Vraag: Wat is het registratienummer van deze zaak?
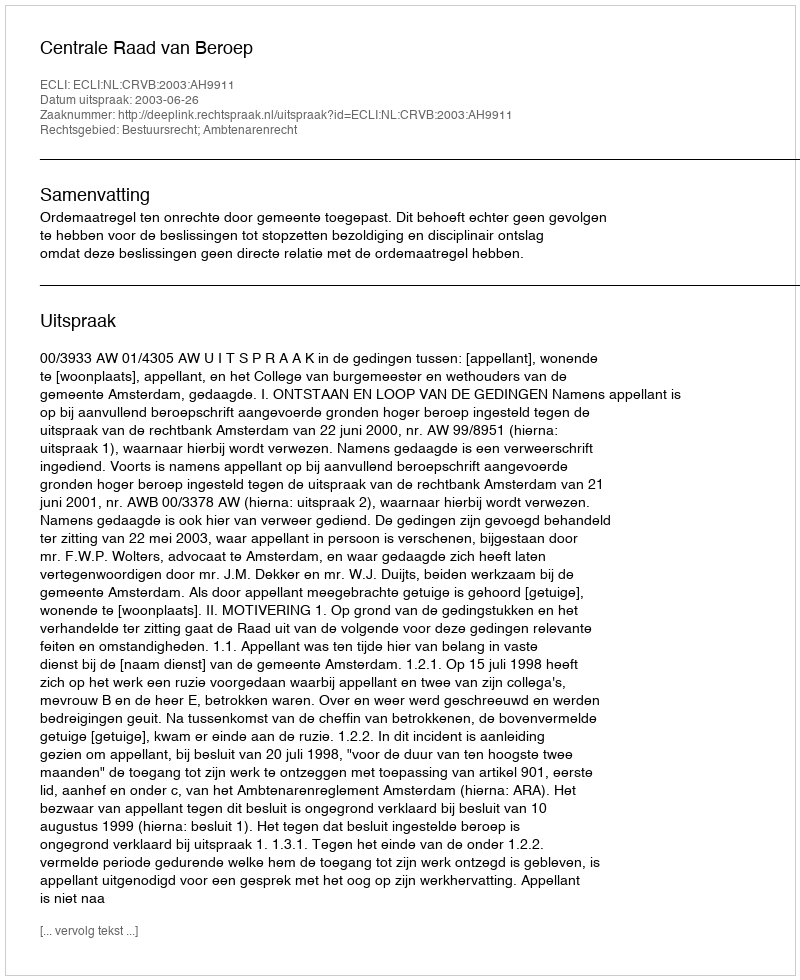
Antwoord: http://deeplink.rechtspraak.nl/uitspraak?id=ECLI:NL:CRVB:2003:AH9911